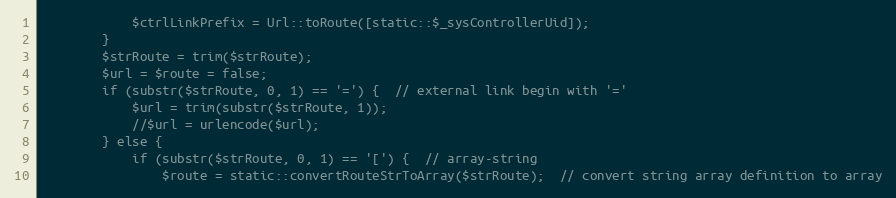
Language: PHP
            $ctrlLinkPrefix = Url::toRoute([static::$_sysControllerUid]);
        }
        $strRoute = trim($strRoute);
        $url = $route = false;
        if (substr($strRoute, 0, 1) == '=') {  // external link begin with '='
            $url = trim(substr($strRoute, 1));
            //$url = urlencode($url);
        } else {
            if (substr($strRoute, 0, 1) == '[') {  // array-string
                $route = static::convertRouteStrToArray($strRoute);  // convert string array definition to array